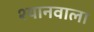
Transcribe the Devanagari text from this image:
श्यानवाला